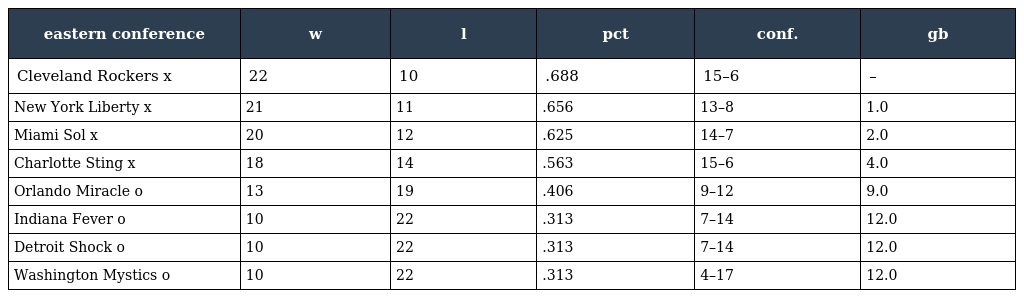
| eastern conference | w | l | pct | conf. | gb |
 | --- | --- | --- | --- | --- | --- |
 | Cleveland Rockers x | 22 | 10 | .688 | 15–6 | – |
 | New York Liberty x | 21 | 11 | .656 | 13–8 | 1.0 |
 | Miami Sol x | 20 | 12 | .625 | 14–7 | 2.0 |
 | Charlotte Sting x | 18 | 14 | .563 | 15–6 | 4.0 |
 | Orlando Miracle o | 13 | 19 | .406 | 9–12 | 9.0 |
 | Indiana Fever o | 10 | 22 | .313 | 7–14 | 12.0 |
 | Detroit Shock o | 10 | 22 | .313 | 7–14 | 12.0 |
 | Washington Mystics o | 10 | 22 | .313 | 4–17 | 12.0 |